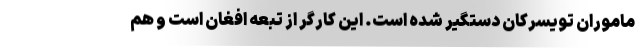
ماموران تویسرکان دستگیر شده است. این کارگر از تبعه افغان است و هم